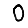
Digit: 0